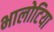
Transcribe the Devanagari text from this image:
भालोटिया